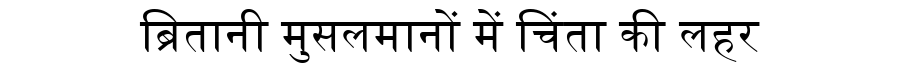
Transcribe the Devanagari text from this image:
ब्रितानी मुसलमानों में चिंता की लहर